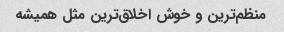
منظم‌ترین و خوش اخلاق‌ترین مثل همیشه